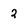
Character: 2